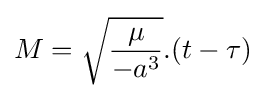
M={\sqrt {\frac {\mu }{-a^{3}}}}.(t-\tau )